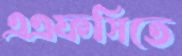
এএফসিতে